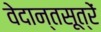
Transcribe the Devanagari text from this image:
वेदान्तसूत्रें